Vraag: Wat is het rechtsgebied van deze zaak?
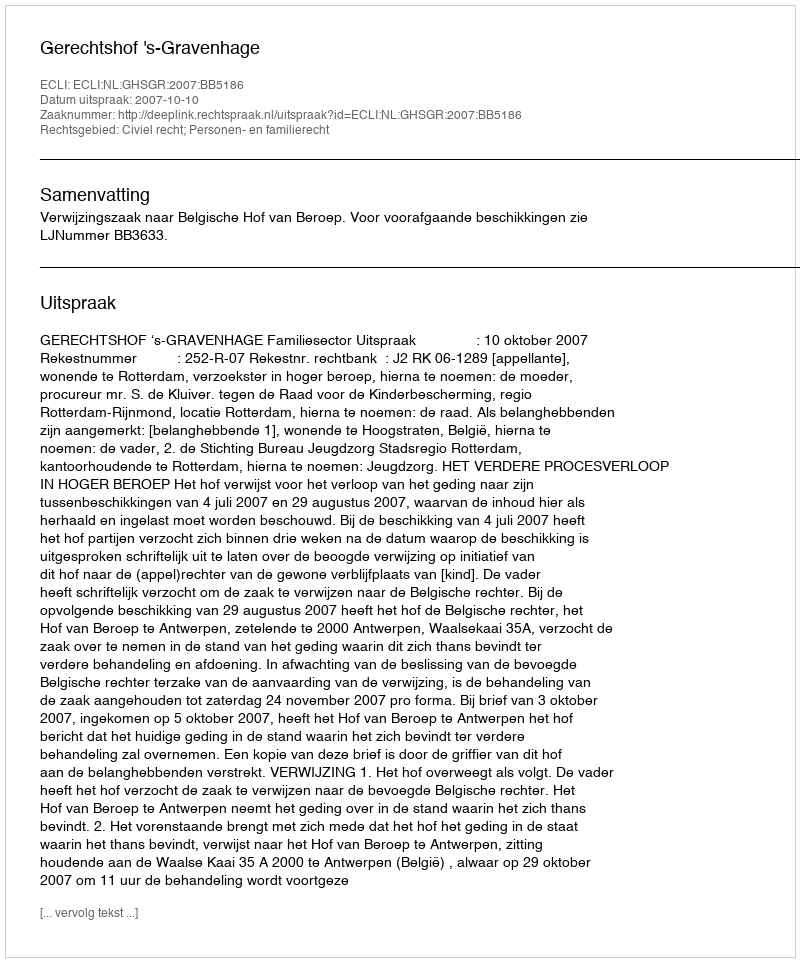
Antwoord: Civiel recht; Personen- en familierecht